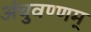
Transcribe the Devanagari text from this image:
अंचुवण्णम्